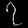
Digit: ၇